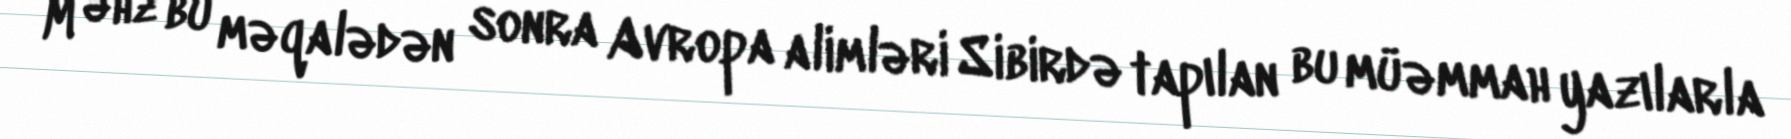
M əhz bu məqalədən sonra Avropa alimləri Sibirdə tapılan bu müəmmah yazılarla